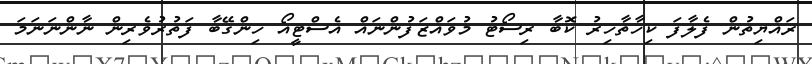
ރައްޔިތުން ފެލާފަ ކިހާތާހިރު ކޮބާ ރިސޯޓު މުވައްޒަފުންނައް އެސްޓީއޯ ހިންގޭބާ ފަތުރުވެރިން ނާންނަނަމަ